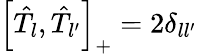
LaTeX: \left[\hat{T}_{l},\hat{T}_{l^{\prime}}\right]_{+}=2\delta_{ll^{\prime}}